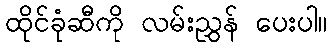
ထိုင်ခုံဆီကို လမ်းညွှန် ပေးပါ။